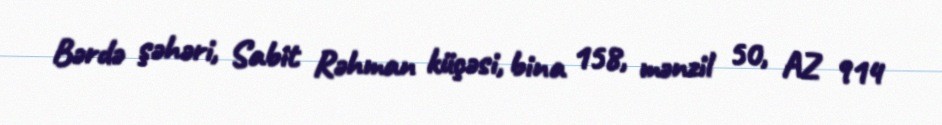
Bərdə şəhəri, Sabit Rəhman küçəsi, bina 158, mənzil 50, AZ 914